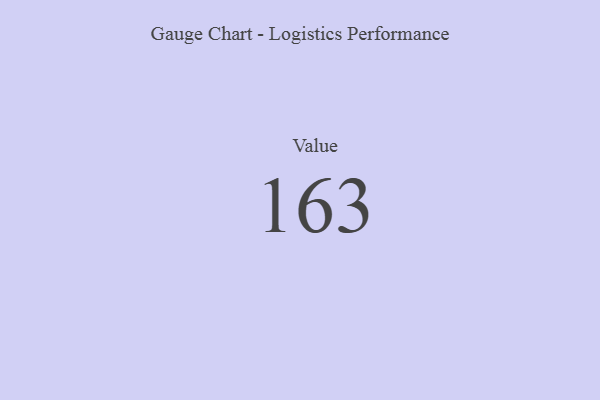
{"axis": {"x": "Metric", "y": "Value"}, "legend": [""], "data": [{"x": "Value", "y": 163, "type": ""}]}